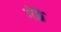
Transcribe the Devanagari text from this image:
गेठे